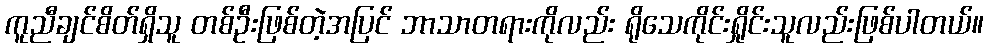
ကူညီချင်စိတ်ရှိသူ တစ်ဦးဖြစ်တဲ့အပြင် ဘာသာတရားကိုလည်း ရိုသေကိုင်းရှိုင်းသူလည်းဖြစ်ပါတယ်။